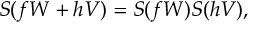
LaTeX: S ( f W + h V ) = S ( f W ) S ( h V ) ,